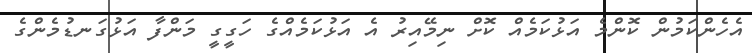
އެހެންކަމުން ކޮންމެ އަޅުކަމެއް ކޮށް ނިމޭއިރު އެ އަޅުކަމެއްގެ ހަގީގީ މަންފާ އަޅުގަނޑުމެންގެ